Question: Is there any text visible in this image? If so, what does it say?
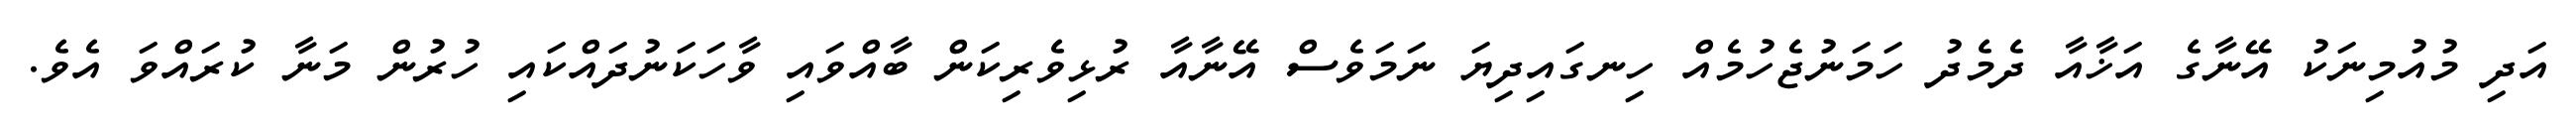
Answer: އަދި މުއުމިނަކު އޭނާގެ އަޚާއާ ދެމެދު ހަމަނުޖެހުމެއް ހިނގައިދިޔަ ނަމަވެސް އޭނާއާ ރުޅިވެރިކަން ބާއްވައި ވާހަކަނުދައްކައި ހުރުން މަނާ ކުރައްވަ އެވެ.